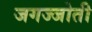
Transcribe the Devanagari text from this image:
जगज्जोती